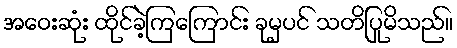
အဝေးဆုံး ထိုင်ခဲ့ကြကြောင်း ခုမှပင် သတိပြုမိသည်။